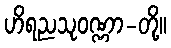
ဟိရညသုဝဏ္ဏာ-တို့။